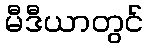
မီဒီယာတွင်